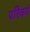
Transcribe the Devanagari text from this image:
परिवर्ग